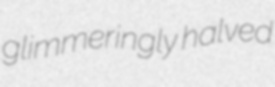
glimmeringly halved